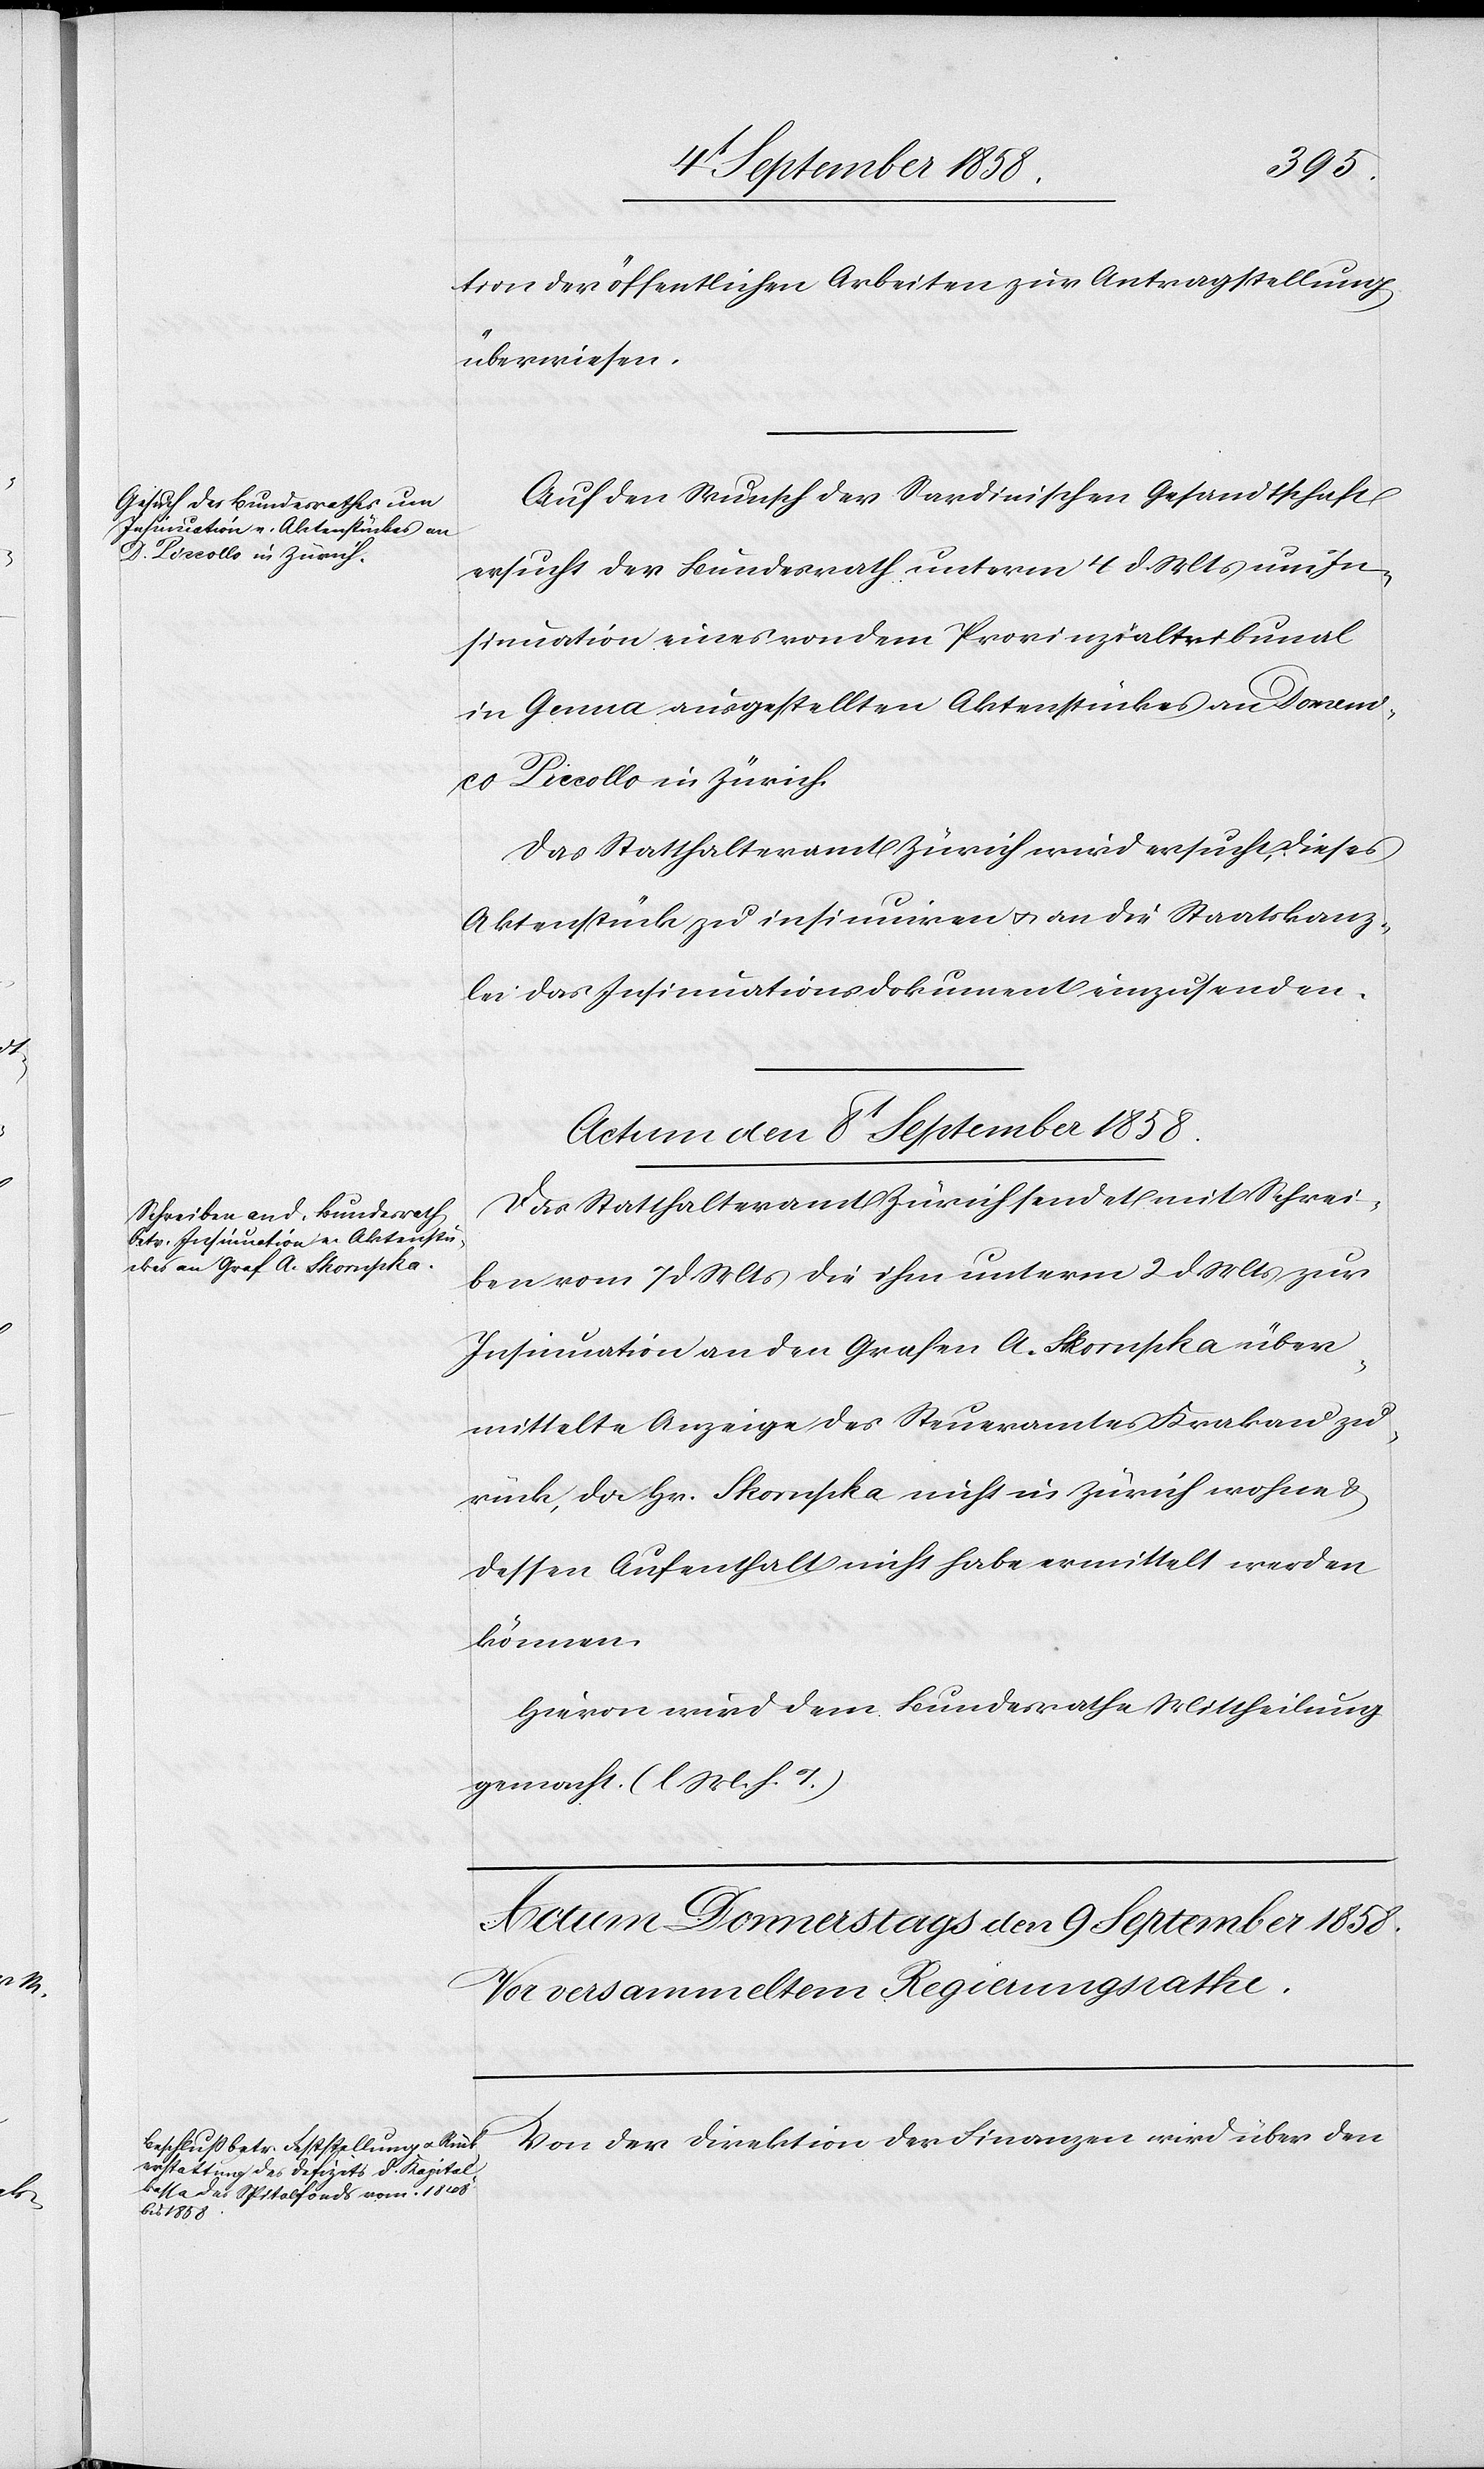
tion der öffentlichen Arbeiten zur Antragstellung
überwiesen.
Auf den Wunsch der Sardinischen Gesandtschaft
ersucht der Bundesrath unterm 4 d. Mts um In¬
sinuation eines von dem Provinzialtribunal
in Genua ausgestellten Aktenstückes an Domeni¬
co Piccollo in Zürich.
Das Statthalteramt Zürich wird ersucht, dieses
Aktenstück zu insinuiren & an die Staatskanz¬
lei das Insinuationsdokument einzusenden.
Actum den 8t September 1858.
Das Statthalteramt Zürich sendet mit Schrei¬
ben vom 7 d. Mts die ihm unterm 2 d. Mts zur
Insinuation an den Grafen A. Skornpka über¬
mittelte Anzeige des Steueramtes Krakau zu¬
rück, da Hr. Skornpka nicht in Zürich wohne &
dessen Aufenthalt nicht habe ermittelt werden
können.
Hievon wird dem Bundesrathe Mittheilung
gemacht. (l. M. h. T.)
Von der Direktion der Finanzen wird über den